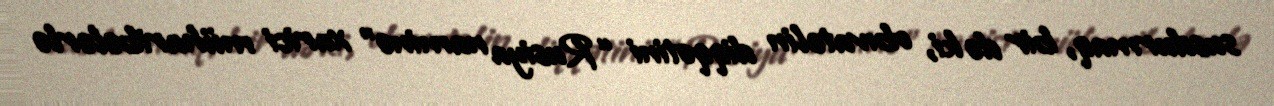
susdurmaq, bir də ki, obıvatelin diqqətini “Rusiya naminə” xarici müharibələrlə